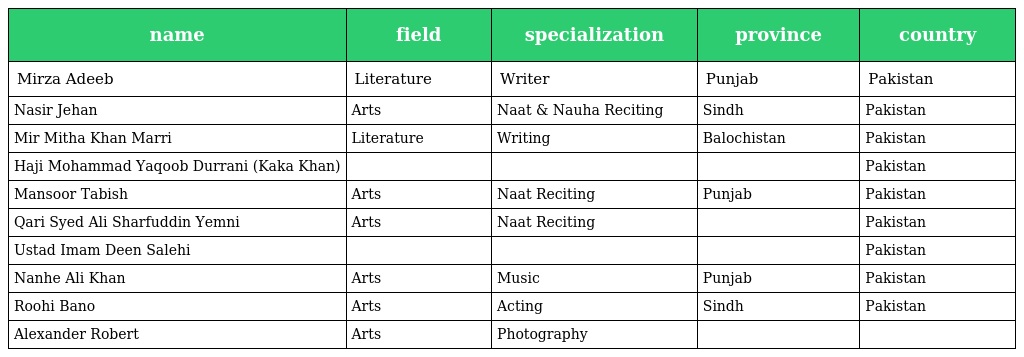
| name | field | specialization | province | country |
 | --- | --- | --- | --- | --- |
 | Mirza Adeeb | Literature | Writer | Punjab | Pakistan |
 | Nasir Jehan | Arts | Naat & Nauha Reciting | Sindh | Pakistan |
 | Mir Mitha Khan Marri | Literature | Writing | Balochistan | Pakistan |
 | Haji Mohammad Yaqoob Durrani (Kaka Khan) |  |  |  | Pakistan |
 | Mansoor Tabish | Arts | Naat Reciting | Punjab | Pakistan |
 | Qari Syed Ali Sharfuddin Yemni | Arts | Naat Reciting |  | Pakistan |
 | Ustad Imam Deen Salehi |  |  |  | Pakistan |
 | Nanhe Ali Khan | Arts | Music | Punjab | Pakistan |
 | Roohi Bano | Arts | Acting | Sindh | Pakistan |
 | Alexander Robert | Arts | Photography |  |  |